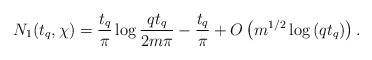
\begin{align*} N_1(t_q,\chi) = \frac{t_q}{\pi}\log{\frac{qt_q}{2m\pi}} - \frac{t_q}{\pi} + O\left( m^{1/2}\log{(qt_q)} \right).\end{align*}